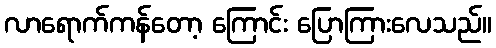
လာရောက်ကန်တော့ ကြောင်း ပြောကြားလေသည်။